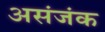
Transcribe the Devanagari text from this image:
असंजंक